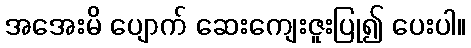
အအေးမိ ပျောက် ဆေးကျေးဇူးပြု၍ ပေးပါ။